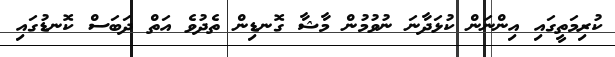
ކުރިމަތީގައި އިންނަން ކުޅަދާނަ ނުވުމުން މާޝާ ގޮނޑިން ތެދުވެ އަތް ދަބަސް ކޮނޑުގައި